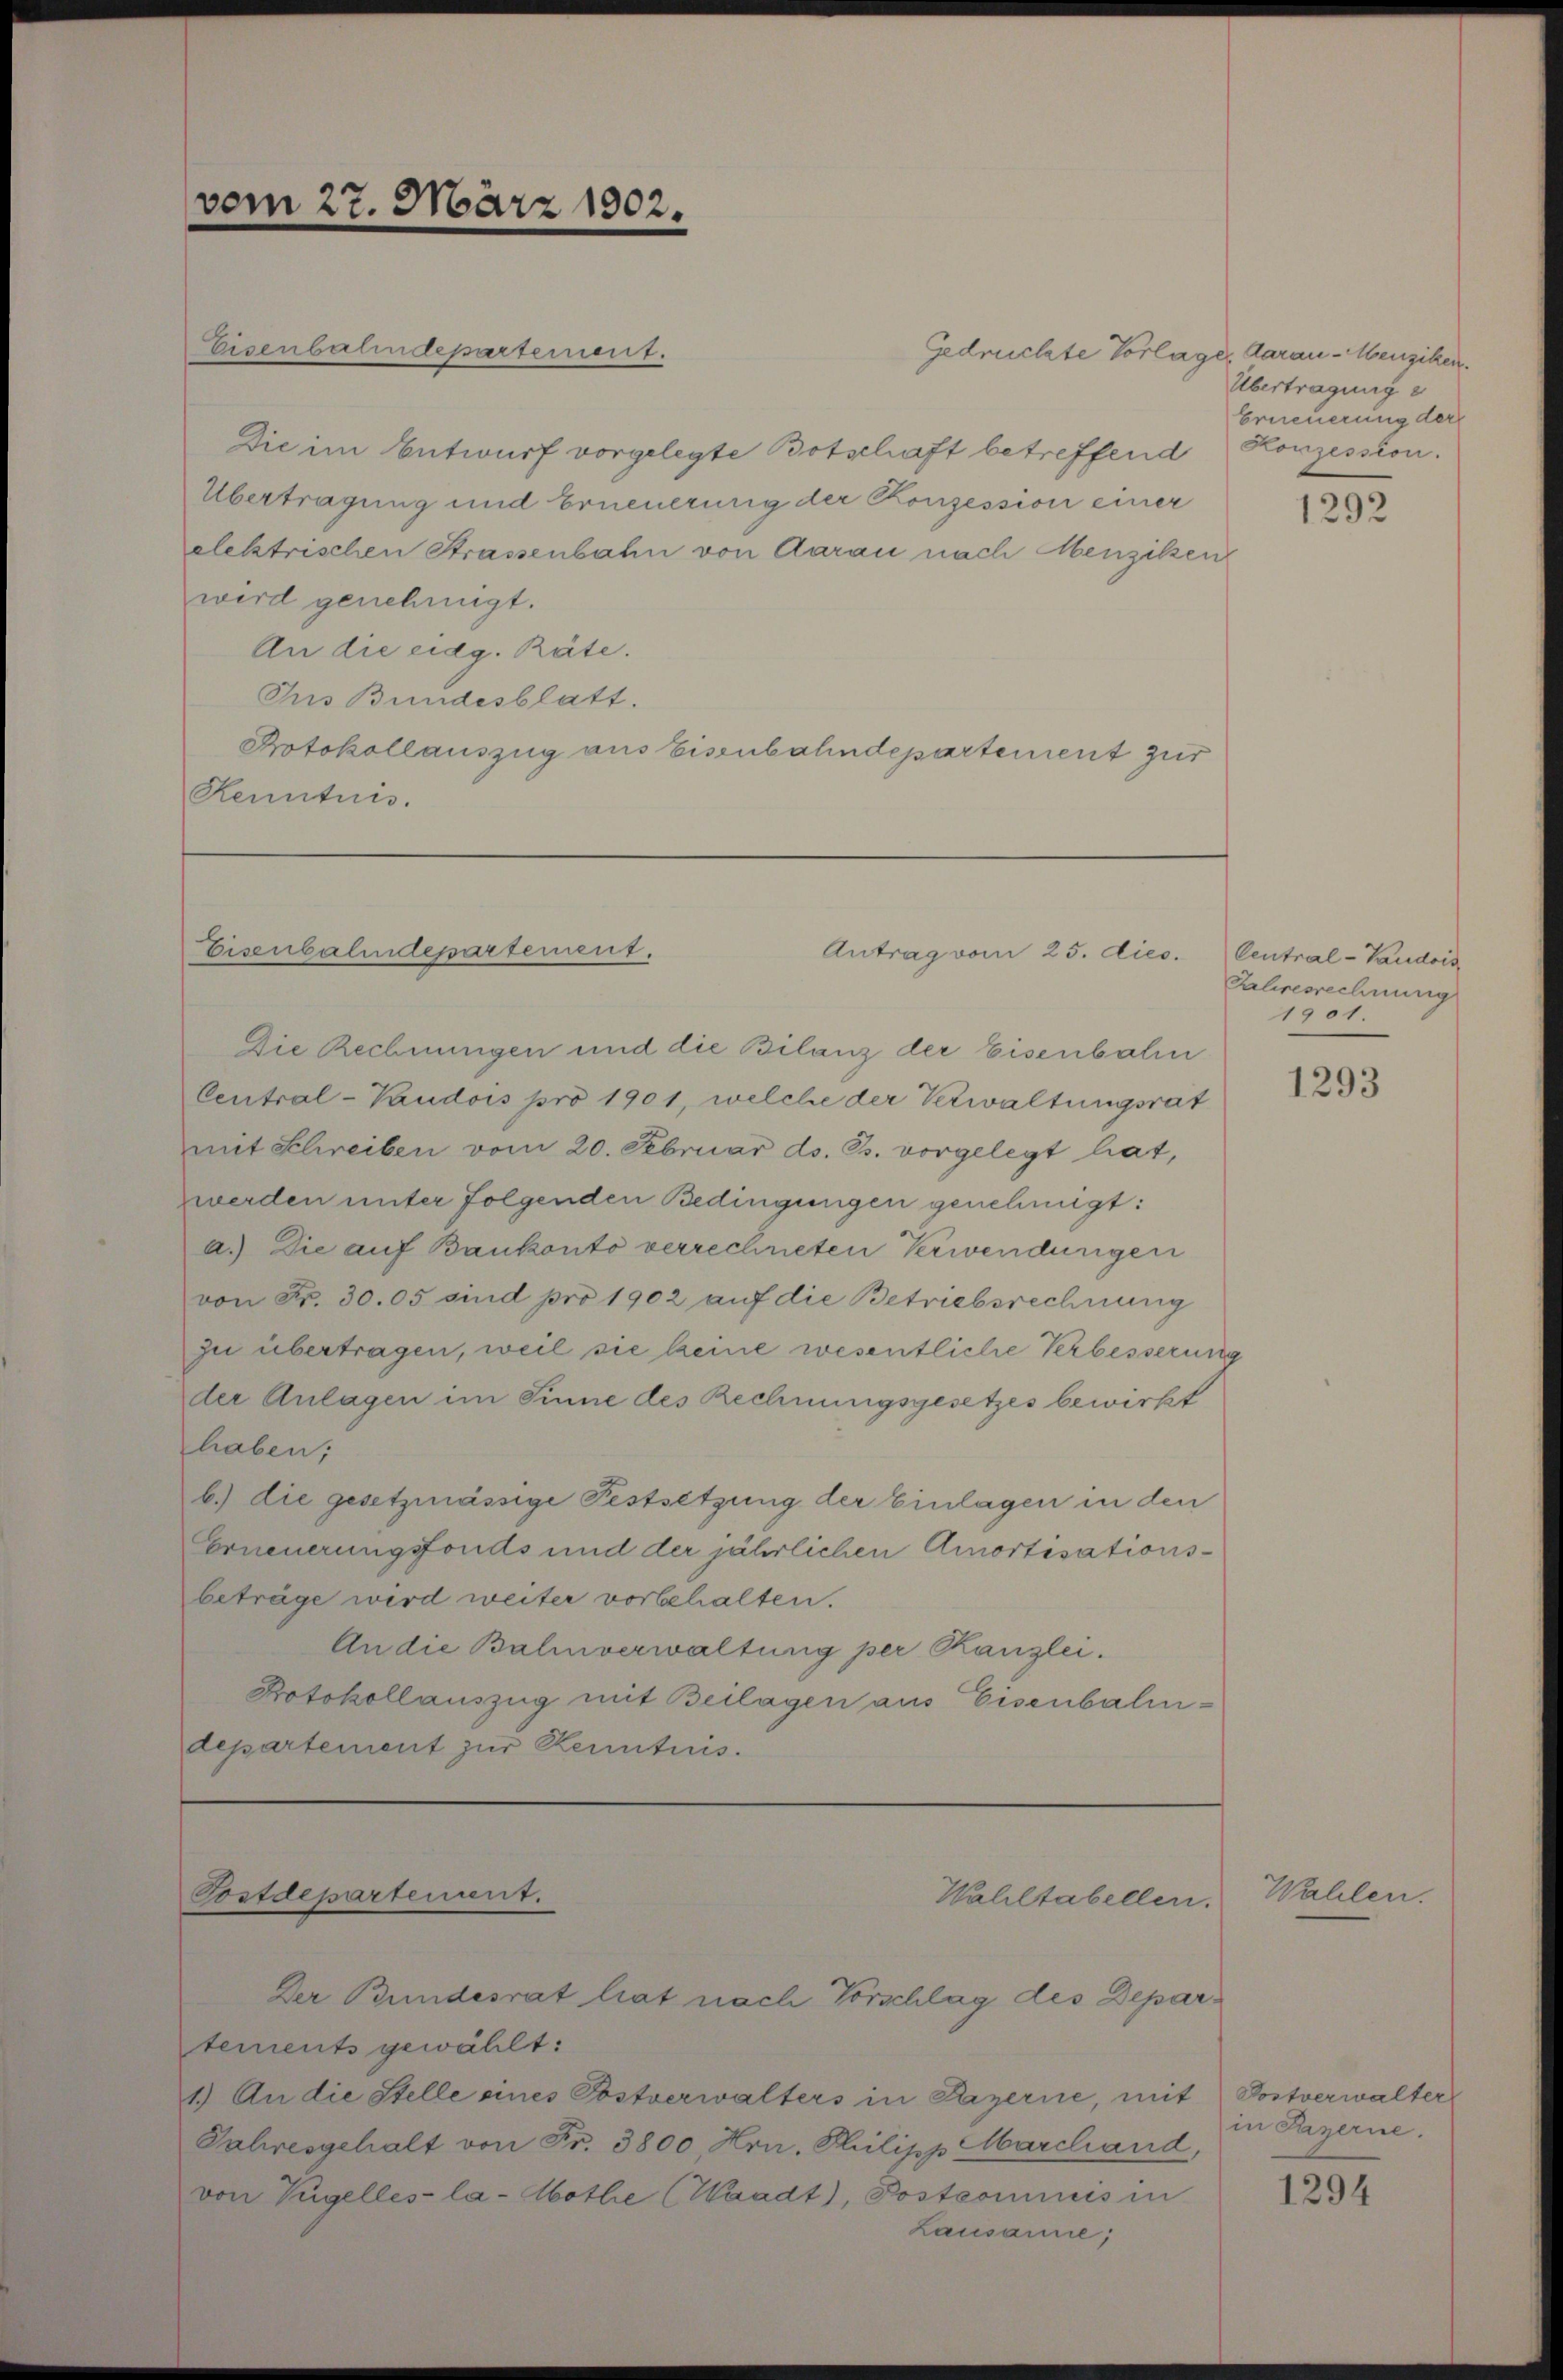
vom 27. März 1902.

Übertragung und Erneuerung der Konzession einer
elektrischen Strassenbahn von Aarau nach Menziken
wird genehmigt.
An die eidg. Räte.
Ius Bundesblatt.
Protokollauszug aus Eisenbahndepartement zur
Kenntnis.

Eisenbahndepartement.

Eisenbahndepartement.

Postdepartement.

Die im Entwurf vorgelegte Botschaft betreffend Konzession.

tements gewählt:
1.) An die Stelle eines Postverwalters in Bayerne, mit Postverwalter
Jahresgehalt von Fr. 3800, Hrn. Philipp Marchand,
von Tügelles la-Abothe (Waadt), Postcommis in
Lausanne;

Der Bundesrat liat nach Vorschlag des Depar¬

Antrag vom 25. dies.

Die Rechnungen und die Bilanz der Eisenbali
Central-Paudois pro 1901, welche der Verwaltungsrat
mit Schreiben vom 20. Februar ds. Gs. vorgelegt hat,
werden unter folgenden Bedingungen genehmigt:
a.) Die auf Bankonto verrechneten Verwendungen
von Fr. 30.05 sind pro 1902 auf die Betriebsrechnung
zu übertragen, weil sie keine wesentliche Verbesserung
der Anlagen im Sinne des Rechnungsgesetzes bewirkt
haben;
b.) die gesetzmässige Festsetzung der Einlagen in den
Erneuerungsfonds und der jährlichen Amortisationsbeträge wird weiter vorbehalten.
An die Balmverwaltung per Kanzlei.
Protokollauszug mit Beilagen aus Eisenbalidepartement zur Kenntnis.

Waliltabellen.

Gedruckte Vorlager darau-Menziken.
Übertragung
Erneuerung der

Wahlen

1292

Central-Vaudois
Jahresrechnung
1901.

1293

in Payerne.

1294